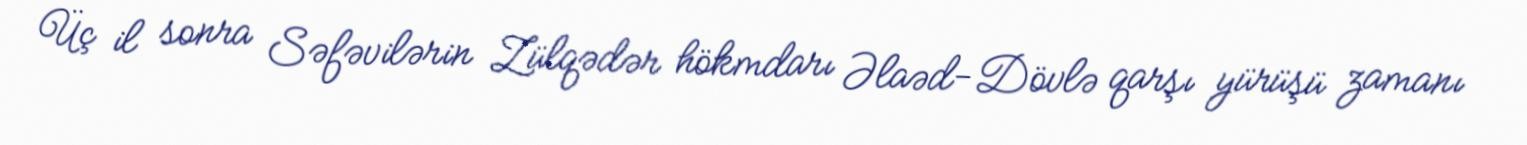
Üç il sonra Səfəvilərin Zülqədər hökmdarı Əlaəd-Dövlə qarşı yürüşü zamanı